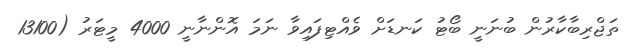
ތަޖްރިބާކާރުން ބުނަނީ ބޯޓު ކަނޑަށް ވެއްޓިފައިވާ ނަމަ އޮންނާނީ 4000 މީޓަރު (13100